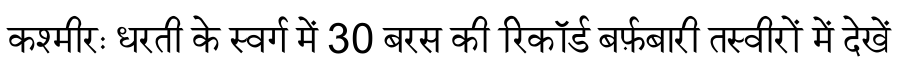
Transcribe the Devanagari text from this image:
कश्मीरः धरती के स्वर्ग में 30 बरस की रिकॉर्ड बर्फ़बारी तस्वीरों में देखें